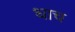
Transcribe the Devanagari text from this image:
धाच